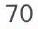
70